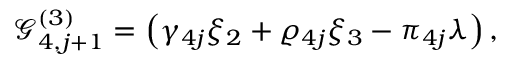
\mathcal { G } _ { 4 , j + 1 } ^ { ( 3 ) } = \left( \gamma _ { 4 j } \xi _ { 2 } + \varrho _ { 4 j } \xi _ { 3 } - \pi _ { 4 j } \lambda \right) ,